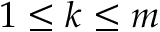
1 \leq k \leq m